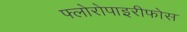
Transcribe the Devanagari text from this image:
फ्लोरोपाइरीफोस